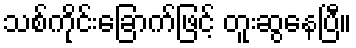
သစ်ကိုင်းခြောက်ဖြင့် တူးဆွနေပြီ။